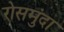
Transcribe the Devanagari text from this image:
रोसमुंदा